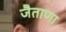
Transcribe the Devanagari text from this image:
जैताणा